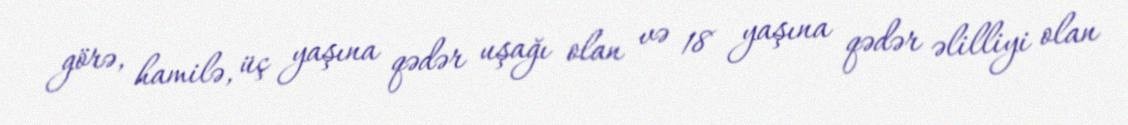
görə, hamilə, üç yaşına qədər uşağı olan və 18 yaşına qədər əlilliyi olan